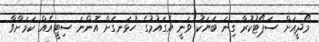
މޯދީއަށް ސަޕޯޓުކުރާ ގިނަ ބަޔަކު ވަނީ އެގައުމުގެ ހުޅަނގަށް އޮންނަ ސިޓީއެއް ކަމަށްވާ